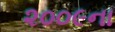
૨૦૦૯ના